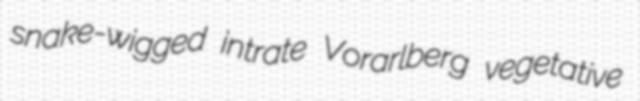
snake-wigged intrate Vorarlberg vegetative